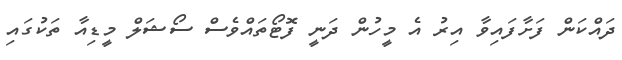
ދައްކަން ފަށާފައިވާ އިރު އެ މީހުން ދަނީ ފޮޓޯތައްވެސް ސޯޝަލް މީޑިއާ ތަކުގައި